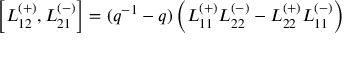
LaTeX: \left[ L _ { 1 2 } ^ { ( + ) } , L _ { 2 1 } ^ { ( - ) } \right] = ( q ^ { - 1 } - q ) \left( L _ { 1 1 } ^ { ( + ) } L _ { 2 2 } ^ { ( - ) } - L _ { 2 2 } ^ { ( + ) } L _ { 1 1 } ^ { ( - ) } \right)